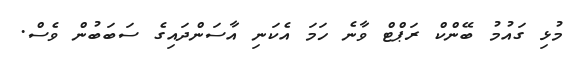
މުޅި ގައުމު ބޭންކް ރަޕްޓް ވާނެ ހަމަ އެކަނި އާސަންދައިގެ ސަބަބުން ވެސް.